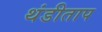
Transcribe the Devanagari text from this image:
थंडीताप